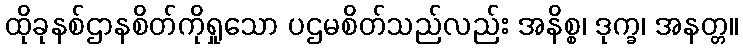
ထိုခုနစ်ဌာနစိတ်ကိုရှုသော ပဌမစိတ်သည်လည်း အနိစ္စ၊ ဒုက္ခ၊ အနတ္တ။